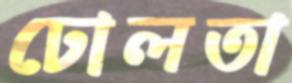
ঢোলতা